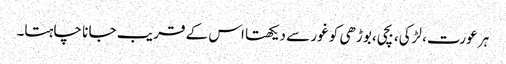
ہر عورت، لڑکی، بچی، بوڑھی کو غور سے دیکھتا اس کے قر یب جا نا چاہتا۔